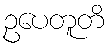
ဥပေတူတိ